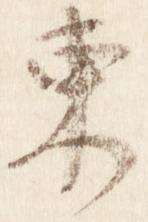
東